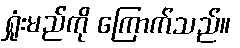
ရှုံးမည်ကို ကြောက်သည်။